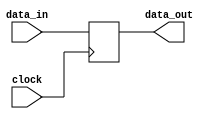
// This program was cloned from: https://github.com/RomeoMe5/DDLM
// License: MIT License

module unit_delay
# (
    parameter WIDTH = 1
) 
(
    input                      clock,
    input      [ WIDTH - 1:0 ] data_in,
    output reg [ WIDTH - 1:0 ] data_out
);

    always @ (posedge clock)
        data_out <= data_in;

endmodule